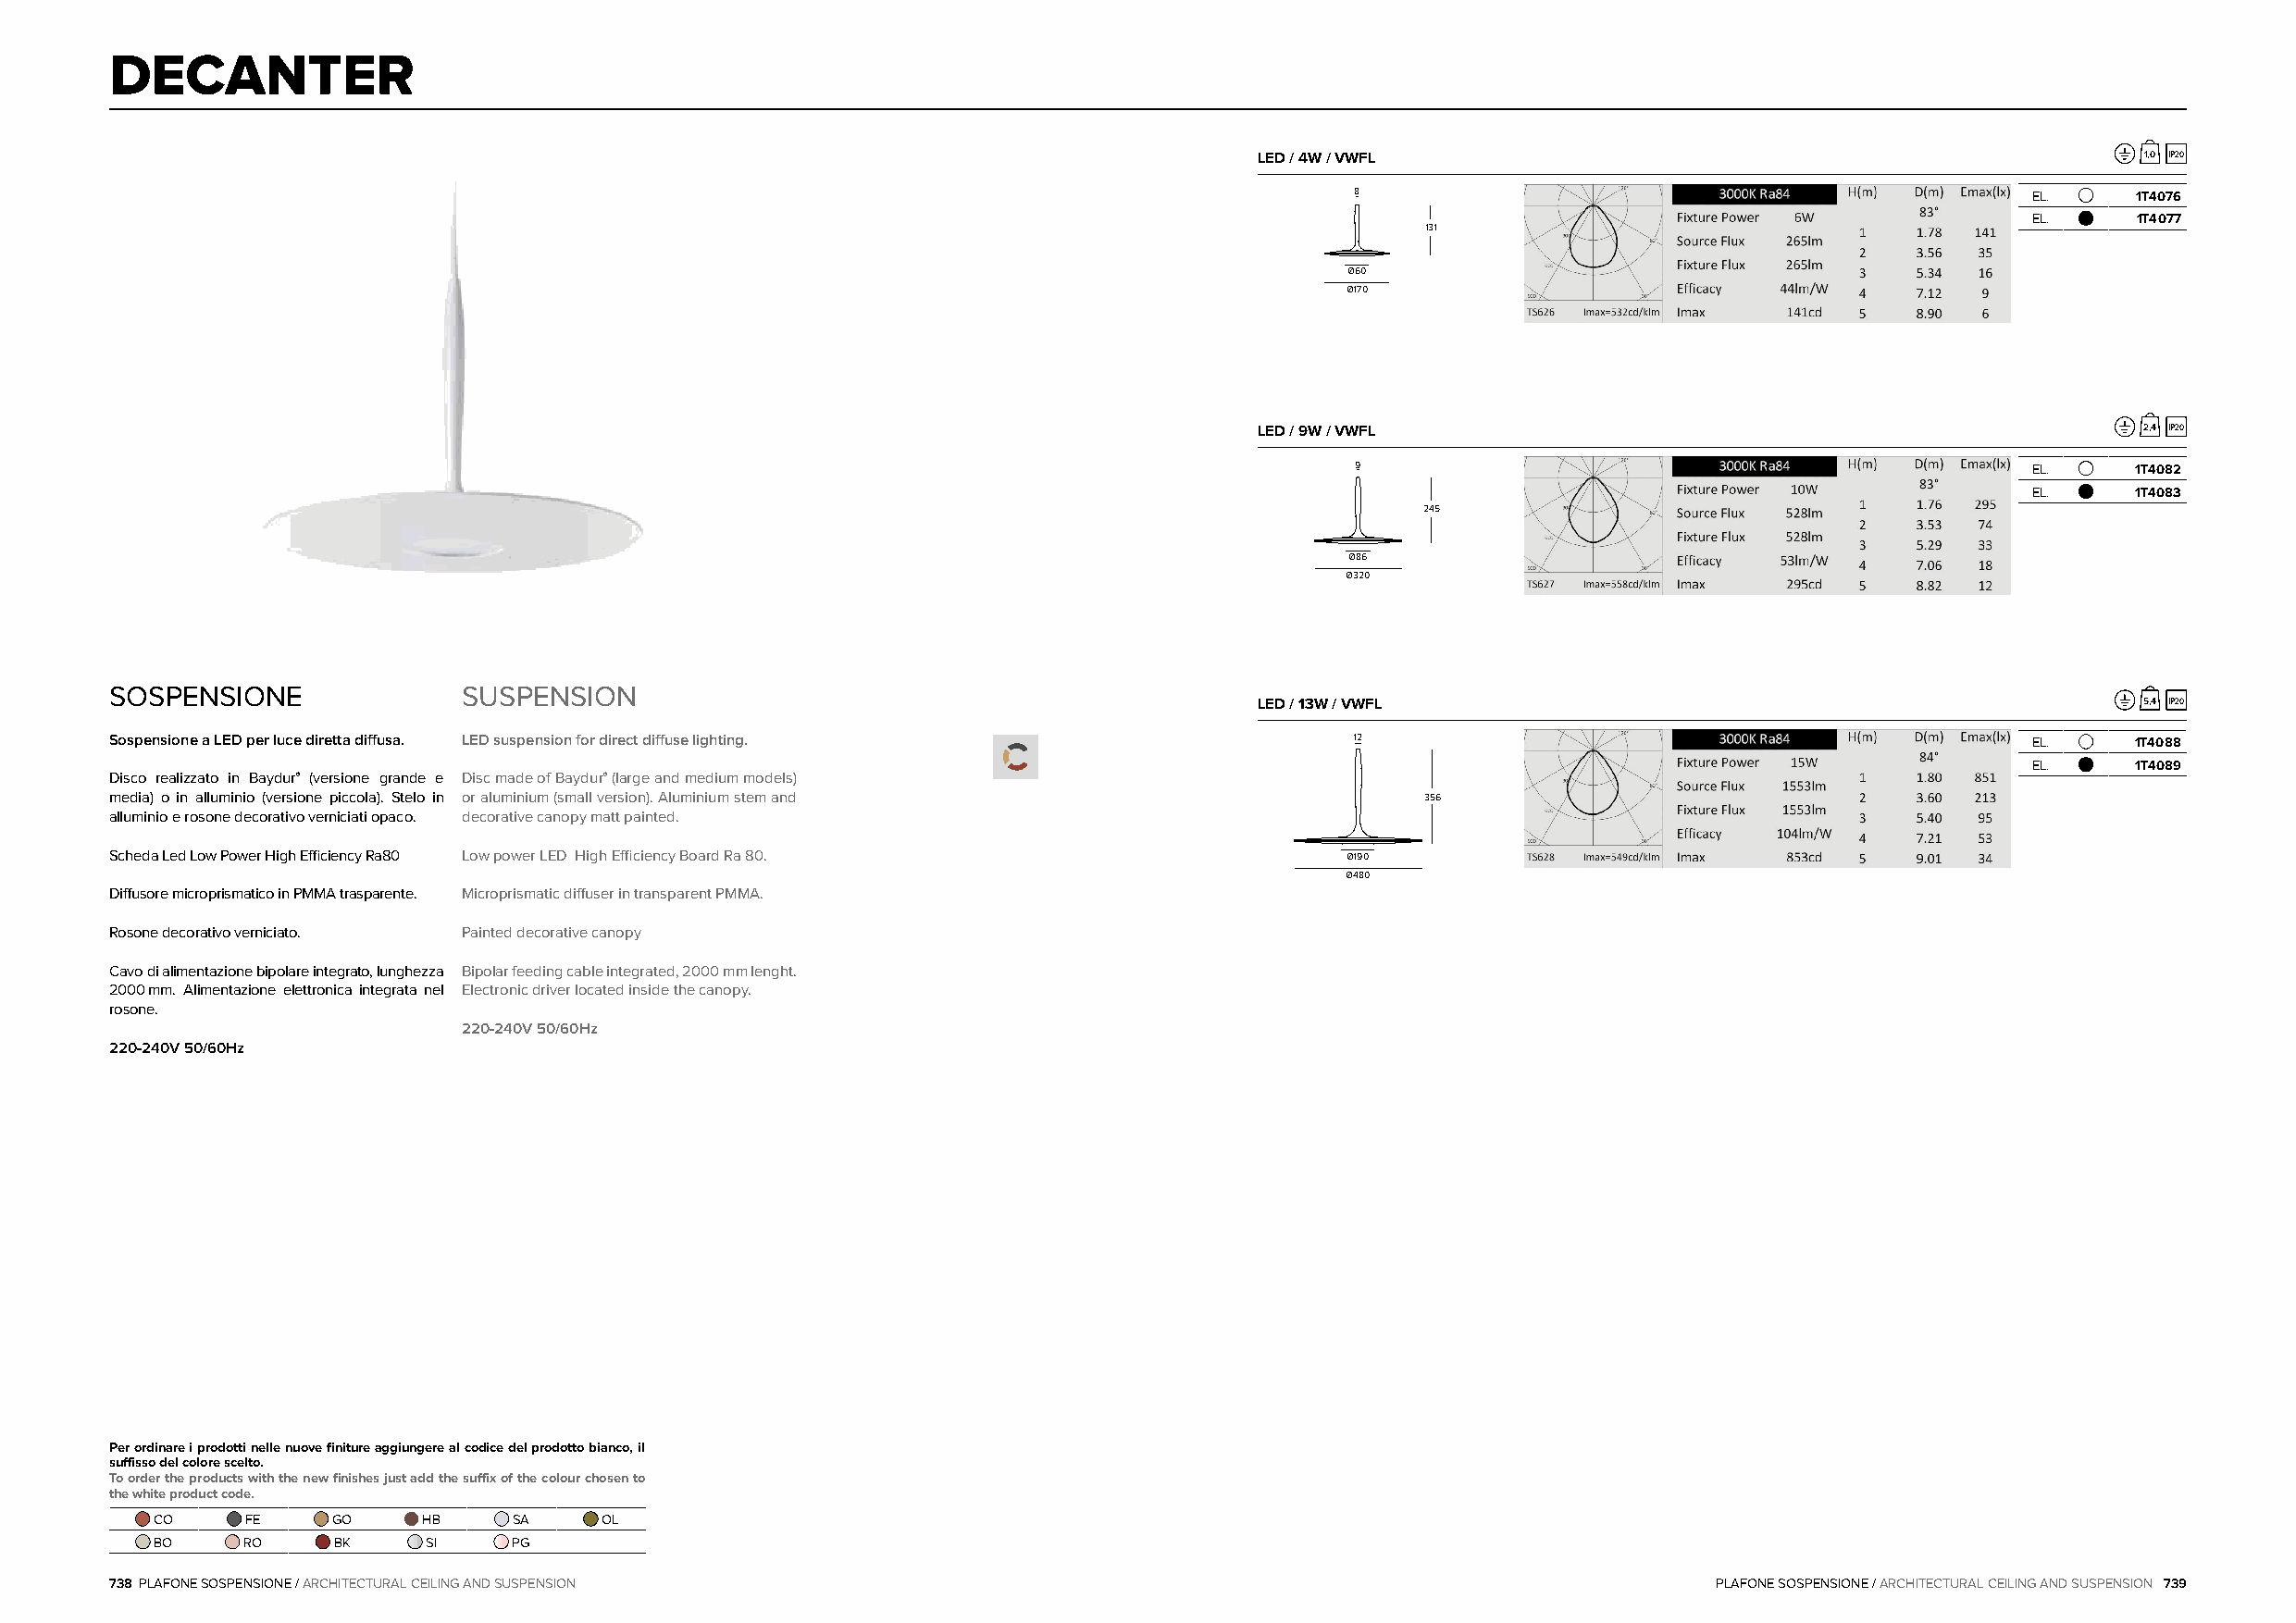
DECANTER
 LED / 4W / VWFL                                                1,0 IP20
 8                                               EL.     1T4076
 EL.     1T4077
 131
 Ø60
 Ø170
 LED / 9W / VWFL                                                2,4 IP20
 9                                               EL.     1T4082
 EL.     1T4083
 245
 Ø86
 Ø320
 SOSPENSIONE              SUSPENSION
 LED / 13W / VWFL                                               5,4 IP20
 Sospensione a LED per luce diretta diffusa. LED suspension for direct diffuse lighting.  12                                              EL.     1T4088
 EL.     1T4089
 Disco realizzato in Baydur® (versione grande e Disc made of Baydur® (large and medium models)
 media) o in alluminio (versione piccola). Stelo in or aluminium (small version). Aluminium stem and 356
 alluminio e rosone decorativo verniciati opaco. decorative canopy matt painted.
 Scheda Led Low Power High Efficiency Ra80 Low power LED High Efficiency Board Ra 80.    Ø190
 Ø480
 Diffusore microprismatico in PMMA trasparente. Microprismatic diffuser in transparent PMMA.
 Rosone decorativo verniciato. Painted decorative canopy
 Cavo di alimentazione bipolare integrato, lunghezza Bipolar feeding cable integrated, 2000mm lenght.
 2000mm. Alimentazione elettronica integrata nel Electronic driver located inside the canopy.
 rosone.
 220-240V 50/60Hz
 220-240V 50/60Hz
 Per ordinare i prodotti nelle nuove finiture aggiungere al codice del prodotto bianco, il
 suffisso del colore scelto.
 To order the products with the new finishes just add the suffix of the colour chosen to
 the white product code.
 CO     FE    GO    HB     SA    OL
 BO    RO     BK    SI     PG
 738 PLAFONE SOSPENSIONE / ARCHITECTURAL CEILING AND SUSPENSION                                                     PLAFONE SOSPENSIONE / ARCHITECTURAL CEILING AND SUSPENSION 739